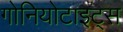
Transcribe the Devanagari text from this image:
गोनियोटाइट्स